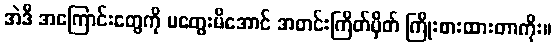
အဲဒီ အကြောင်းတွေကို မတွေးမိအောင် အတင်းကြိတ်မှိတ် ကြိုးစားထားတာကိုး။